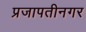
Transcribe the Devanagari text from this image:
प्रजापतीनगर